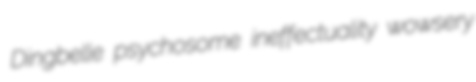
Dingbelle psychosome ineffectuality wowsery